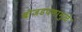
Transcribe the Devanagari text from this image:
बोजडपणामुळे